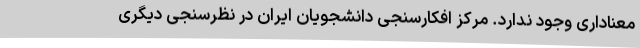
معناداری وجود ندارد. مرکز افکارسنجی دانشجویان ایران در نظرسنجی دیگری